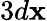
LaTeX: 3d\mathbf{x}